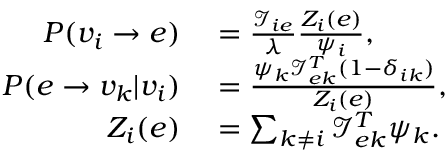
\begin{array} { r l } { P ( v _ { i } \rightarrow e ) } & { { } = \frac { \mathcal { I } _ { i e } } { \lambda } \frac { Z _ { i } ( e ) } { \psi _ { i } } , } \\ { P ( e \rightarrow v _ { k } | v _ { i } ) } & { { } = \frac { \psi _ { k } \mathcal { I } _ { e k } ^ { T } ( 1 - \delta _ { i k } ) } { Z _ { i } ( e ) } , } \\ { Z _ { i } ( e ) } & { { } = \sum _ { k \neq i } \mathcal { I } _ { e k } ^ { T } \psi _ { k } . } \end{array}